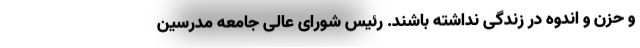
و حزن و اندوه در زندگی نداشته باشند. رئیس شورای عالی جامعه مدرسین